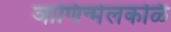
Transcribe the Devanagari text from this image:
ञाणिन्मेलकळि